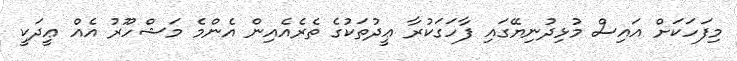
މިފަހަކަށް އައިސް މުޅިދުނިޔޭގައި ފާހަގަކުރާ ޢީދުތަކުގެ ތެރެއެއިން އެންމެ މަޝްހޫރު އެއް ޢީދަކީ